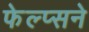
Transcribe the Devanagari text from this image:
फेल्प्सने